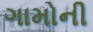
ગામોની